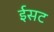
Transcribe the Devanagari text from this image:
ईसट